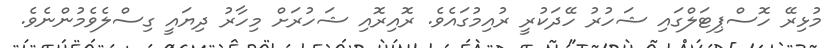
މުޅިރޭ ހޮސްޕިޓަލްގައި ޝަހުރު ހޭދަކުރީ ރުއިމުގައެވެ. ރޮއިރޮއި ޝަހުރަށް މިހާރު ދިޔައީ ގިސްލެވެމުންނެވެ.